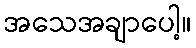
အသေအချာပေါ့။